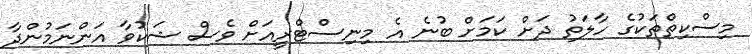
މިސްކިތްތަކުގެ ހާލަތު ދަށް ކަމަށް ބުނެ އެ މިނިސްޓްރީއަށް ވެސް ޝަކުވާ އަންނަމުންދާ